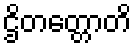
ဌိတတ္တောတိ